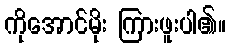
ကိုအောင်မိုး ကြားဖူးပါ၏။